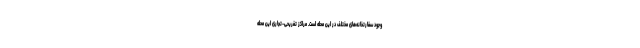
وجود سفارتخانه‌های مختلف در این محله است. مراکز تفریحی-تجاری این محله